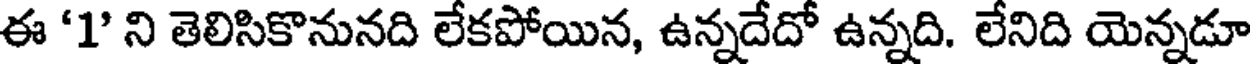
ఈ '1' ని తెలిసికొనునది లేకపోయిన, ఉన్నదేదో ఉన్నది. లేనిది యెన్నడూ